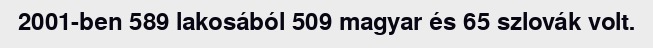
2001-ben 589 lakosából 509 magyar és 65 szlovák volt.